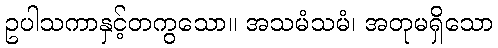
ဥပါသကာနှင့်တကွသော။ အသမံသမံ၊ အတုမရှိသော